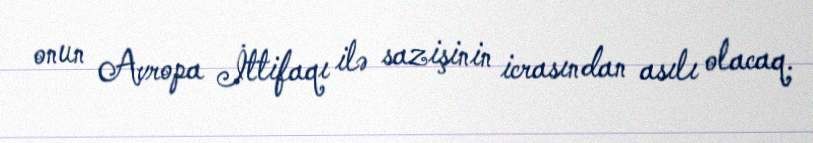
onun Avropa İttifaqı ilə sazişinin icrasından asılı olacaq.